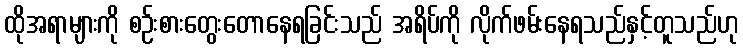
ထိုအရာများကို စဉ်းစားတွေးတောနေရခြင်းသည် အရိပ်ကို လိုက်ဖမ်းနေရသည်နှင့်တူသည်ဟု